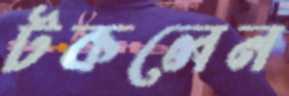
টকলেন